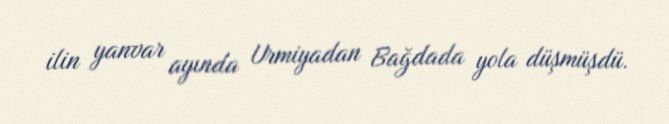
ilin yanvar ayında Urmiyadan Bağdada yola düşmüşdü.